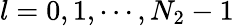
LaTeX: l=0,1,\cdots,N_{2}-1